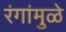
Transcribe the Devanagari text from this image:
रंगांमुळे